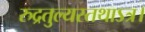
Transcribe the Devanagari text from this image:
रुद्रतुल्यस्तथाऽत्र।